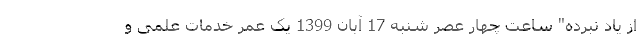
از یاد نبرده" ساعت چهار عصر شنبه 17 آبان 1399 یک عمر خدمات علمی و